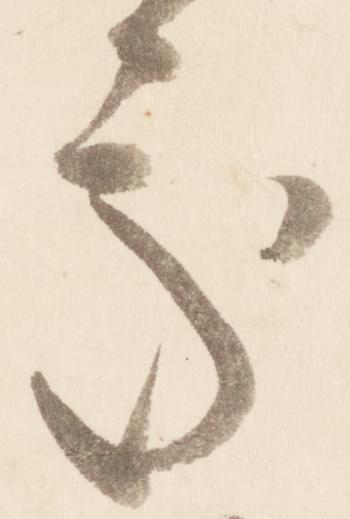
処